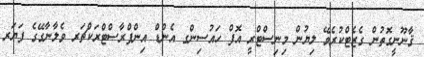
ޤާނޫނީގޮތުން ގެޒެޓްކުރެވޭ ލިޔުން މިނިސްޓްރީ އޮފް ހައުސިންގ އެންޑް އިންފްރާސްޓްރަކްޗަރ ވެލާނާގޭގެ ފަޔަރ